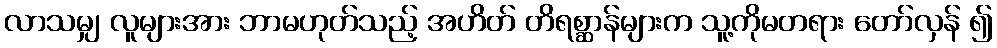
လာသမျှ လူများအား ဘာမဟုတ်သည့် အဟိတ် တိရစ္ဆာန်များက သူ့ကိုမတရား တော်လှန် ၍